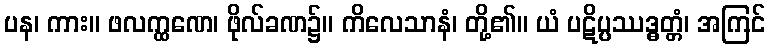
ပန၊ ကား။ ဖလက္ထဏေ၊ ဖိုလ်ခဏ၌။ ကိလေသာနံ၊ တို့၏။ ယံ ပဋိပ္ပဿဒ္ဓတ္တံ၊ အကြင်